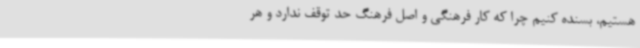
هستیم، بسنده کنیم چرا که کار فرهنگی و اصل فرهنگ حد توقف ندارد و هر